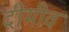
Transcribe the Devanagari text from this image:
दीमीव